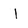
Character: I